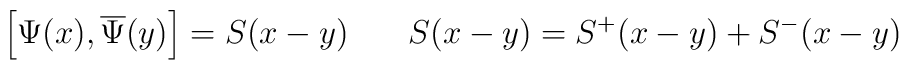
\left[ \Psi (x),\overline{\Psi }(y)\right] =S(x-y)\hspace{0.3in}S(x-y)=S^{+}(x-y)+S^{-}(x-y)